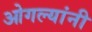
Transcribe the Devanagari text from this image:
ओगल्यांनी